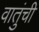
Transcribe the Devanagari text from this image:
वातुंची